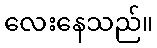
လေးနေသည်။